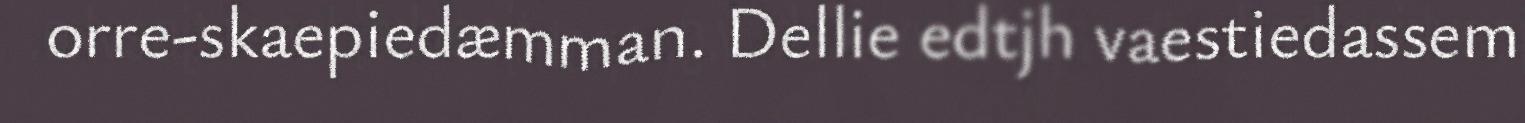
orre-skaepiedæmman. Dellie edtjh vaestiedassem